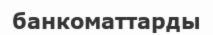
банкоматтарды